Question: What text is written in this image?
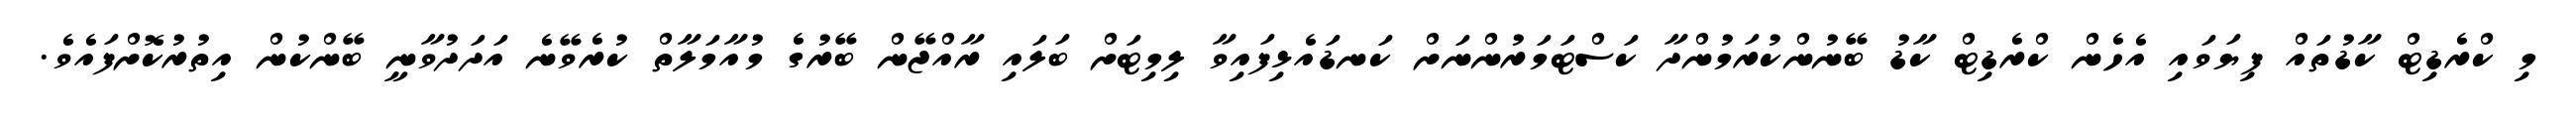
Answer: މި ކްރެޑިޓް ކާޑުތައް ފިޔަވައި އެހެން ކްރެޑިޓް ކާޑު ބޭނުންކުރަމުންދާ ކަސްޓަމަރުންނަށް ކަނޑައެޅިފައިވާ ލިމިޓަށް ބަލައި ރާއްޖޭން ބޭރުގެ މުއާމަލާތް ކުރެވޭނެ އަދަދުވާނީ ބޭންކުން އިތުރުކޮށްފައެވެ.